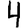
Digit: 4